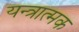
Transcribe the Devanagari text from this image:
यन्त्रात्मक